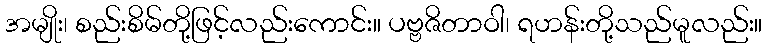
အမျိုး၊ စည်းစိမ်တို့ဖြင့်လည်းကောင်း။ ပဗ္ဗဇိတာဝါ၊ ရဟန်းတို့သည်မူလည်း။